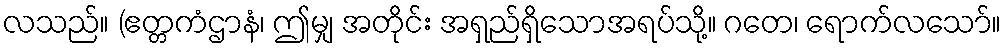
လသည်။ (ဧတ္တကံဌာနံ၊ ဤမျှ အတိုင်း အရှည်ရှိသောအရပ်သို့။ ဂတေ၊ ရောက်လသော်။